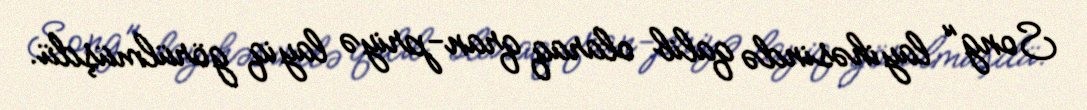
Song" layihəsində qalib olaraq qran-priyə layiq görülmüşdü.